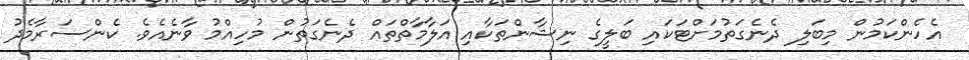
އެހެންކަމުން މިބަލި ދެނެގަތުމަށްޓަކައި ބަލީގެ ނިޝާންތަކާއި އަލާމާތްތައް ދެނެގަތުން މުހިއްމު ވާނެއެވެ. ކެންސަރާމެދު